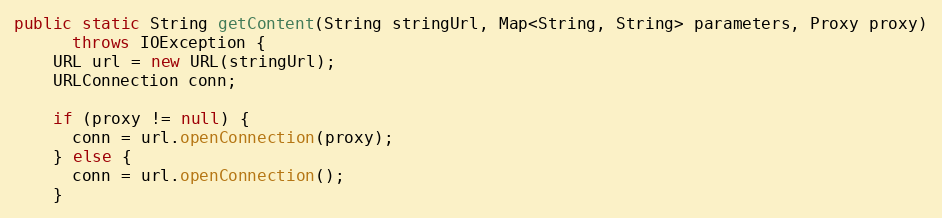
Language: Java
public static String getContent(String stringUrl, Map<String, String> parameters, Proxy proxy)
      throws IOException {
    URL url = new URL(stringUrl);
    URLConnection conn;

    if (proxy != null) {
      conn = url.openConnection(proxy);
    } else {
      conn = url.openConnection();
    }